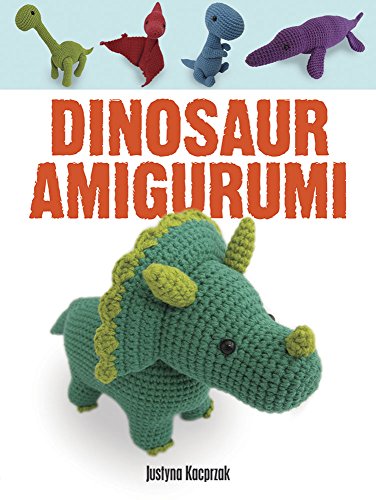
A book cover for Dinosaur Amigurumi; Justyna Kacprzak; Crafts, Hobbies & Home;